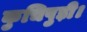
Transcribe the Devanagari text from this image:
कुचिपुड़ी।